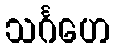
သင်္ဂဟေ